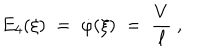
LaTeX: E _ { 4 } ( \xi ) \; = \; \dot { \varphi } ( \xi ) \; = \; \frac V \ell ~ ,